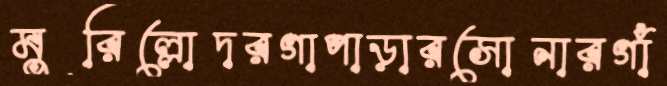
মুরিল্লোদরগাপাড়ারসোনারগাঁ